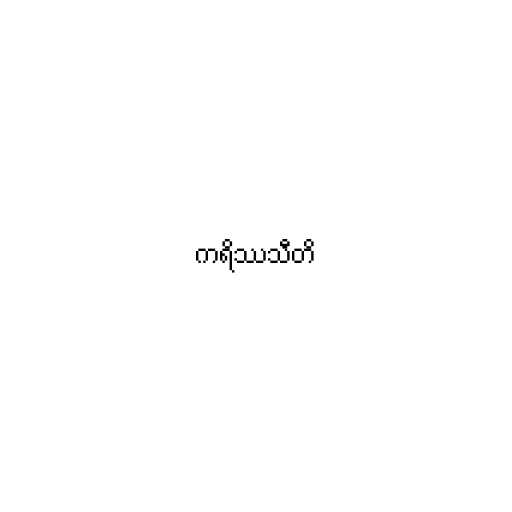
ကရိဿသီတိ